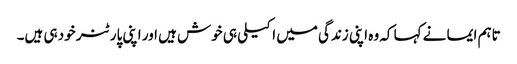
تاہم ایما نے کہا کہ وہ اپنی زندگی میں اکیلی ہی خوش ہیں اور اپنی پارٹنر خود ہی ہیں۔